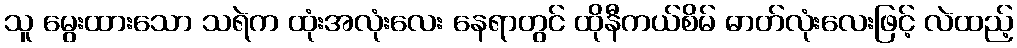
သူ မွေးထားသော သရဲက ထုံးအလုံးလေး နေရာတွင် ထိုနီကယ်စိမ် ဓာတ်လုံးလေးဖြင့် လဲထည့်